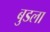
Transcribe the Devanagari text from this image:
बुडला